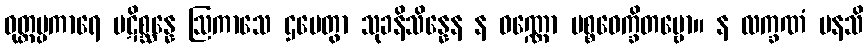
ဝုတ္တပ္ပကာရေ ပဋိစ္ဆန္နေ ဩကာသေ ဌပေတွာ သုခနိသိန္နေန န ဝဏ္ဏော ပစ္စဝေက္ခိတဗ္ဗော။ န လက္ခဏံ မနသိ